Scientific memoirs by medical officers of the Army of India - Part XII,
Year: 1901
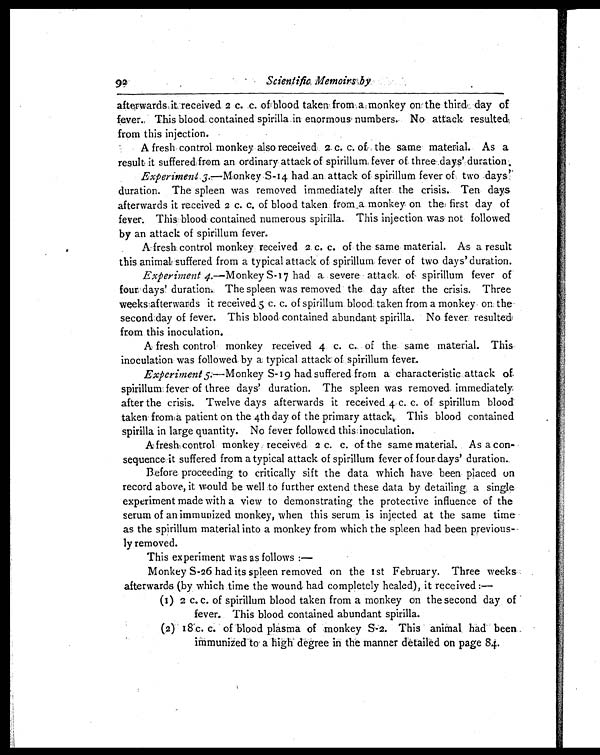
92
Scientific Memoirs by
afterwards it received 2 c. c. of blood taken from a monkey on the third, day of
fever. This blood contained spirilla in enormous numbers. No attack resulted
from this injection.
A fresh control monkey also received 2 C. c. of the same material. As a
result it suffered from an ordinary attack of spirillum fever of three days' duration.
Experiment 3.—Monkey S-14 had an attack of spirillum fever of two days'
duration. The spleen was removed immediately after the crisis. Ten days
afterwards it received 2 c. c. of blood taken from a monkey on the first day of
fever. This blood contained numerous spirilla. This injection was not followed
by an attack of spirillum fever.
A fresh control monkey received 2. c. c. of the same material. As a result
this animal suffered from a typical attack of spirillum fever of two days' duration.
Experiment 4.—Monkey S-17 had a severe attack of spirillum fever of
four days' duration. The spleen was removed the day after the crisis. Three
weeks afterwards it received 5 c. c. of spirillum blood taken from a monkey on the
second day of fever. This blood contained abundant spirilla. No fever resulted
from this inoculation.
A fresh control monkey received 4. c. c. of the same material. This
inoculation was followed by a typical attack of spirillum fever.
Experiment 5.—Monkey S-19 had suffered from a characteristic attack of
spirillum fever of three days' duration. The spleen was removed immediately
after the crisis. Twelve days afterwards it received 4 c. c. of spirillum blood
taken from a patient on the 4th day of the primary attack. This blood contained
spirilla in large quantity. No fever followed this inoculation.
A fresh control monkey received 2 c. c. of the same material. As a con-
sequence it suffered from a typical attack, of spirillum fever of four days' duration.
Before proceeding to critically sift the data which have been placed on
record above, it would be well to further extend these data by detailing a single
experiment made with a view to demonstrating the protective influence of the
serum of an immunized monkey, when this serum is injected at the same time
as the spirillum material into a monkey from which the spleen had been previous-
ly removed.
This experiment was as follows :—
Monkey S-26 had its spleen removed on the 1st February. Three weeks
afterwards (by which time the wound had completely healed), it received :--
(1) 2 c. c. of spirillum blood taken from a monkey on the second day of
fever. This blood contained abundant spirilla.
(2)18c.c. of blood plasma of monkey S-2. This animal had been
immunized to a high degree in the manner detailed on page 84.